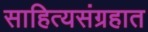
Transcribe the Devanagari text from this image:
साहित्यसंग्रहात